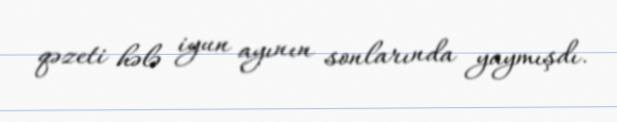
qəzeti hələ iyun ayının sonlarında yaymışdı.